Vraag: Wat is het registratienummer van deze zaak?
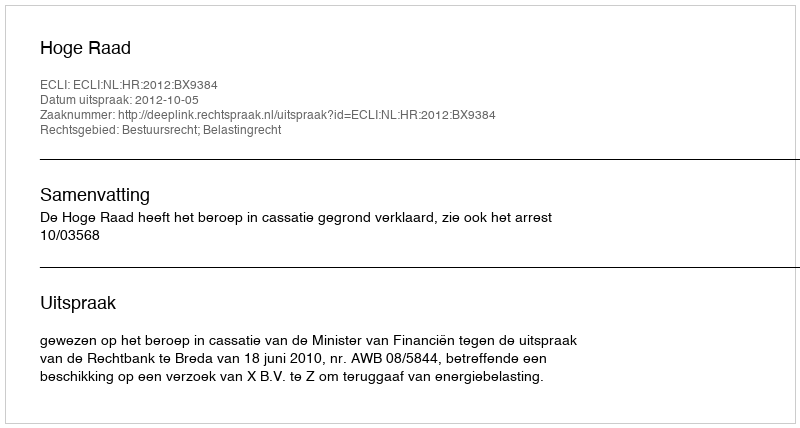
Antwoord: http://deeplink.rechtspraak.nl/uitspraak?id=ECLI:NL:HR:2012:BX9384